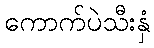
ကောက်ပဲသီးနှံ